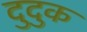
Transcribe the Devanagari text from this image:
दुदुक